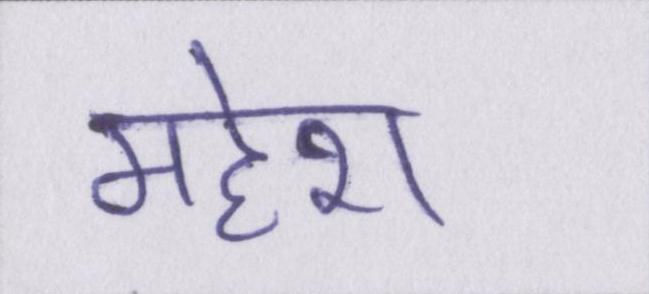
महेश